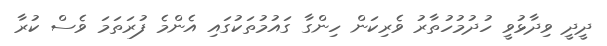
ދީދީ ވިދާޅުވީ ހުދުމުހުތާރު ވެރިކަން ހިންގާ ގައުމުތަކުގައި އެންމެ ފުރަތަމަ ވެސް ކުރާ